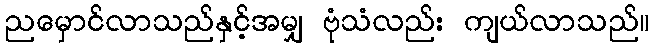
ညမှောင်လာသည်နှင့်အမျှ ဗုံသံလည်း ကျယ်လာသည်။